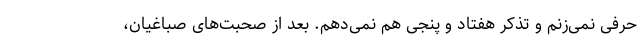
حرفی نمی‌زنم و تذکر هفتاد و پنجی هم نمی‌دهم. بعد از صحبت‌های صباغیان،